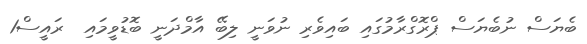
ބެޔަސް ނުބެޔަސް ޕްރޮގްރާމުގައި ބައިވެރި ނުވަނީ ލިބޭ އާމްދަނީ ބޮޑުވީމައި  ރައީސް1